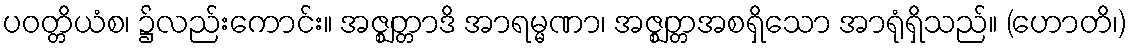
ပဝတ္တိယံစ၊ ၌လည်းကောင်း။ အဇ္ဈတ္တာဒိ အာရမ္မဏာ၊ အဇ္ဈတ္တအစရှိသော အာရုံရှိသည်။ (ဟောတိ၊)